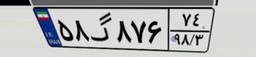
۵۸گ۸۷۶۷۴